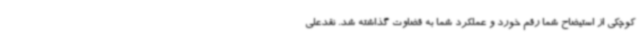
کوچکی از استیضاح شما رقم خورد و عملکرد شما به قضاوت گذاشته شد. نقدعلی